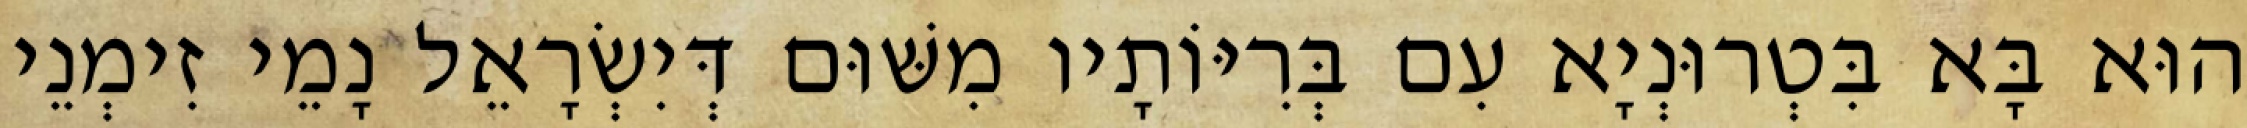
הוּא בָּא בִּטְרוּנְיָא עִם בְּרִיּוֹתָיו מִשּׁוּם דְּיִשְׂרָאֵל נָמֵי זִימְנֵי